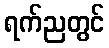
ရက်ညတွင်